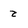
Character: Z